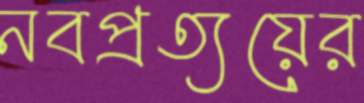
নবপ্রত্যয়ের